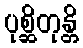
ပုစ္ဆိတုန္တိ